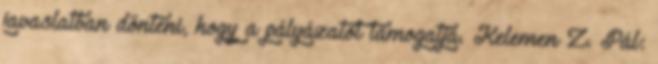
javaslatban dönteni, hogy a pályázatot támogatja. Kelemen Z. Pál: